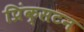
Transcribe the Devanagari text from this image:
प्रिंक्सटन